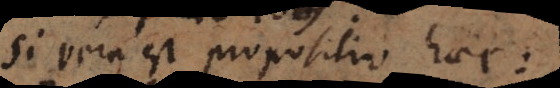
Si vera est propositio ha